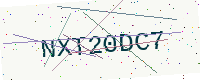
Text: NXT20DC7